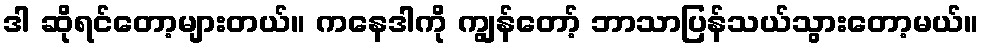
ဒါ ဆိုရင်တော့များတယ်။ ကနေဒါကို ကျွန်တော့် ဘာသာပြန်သယ်သွားတော့မယ်။